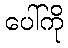
ပေါ်ကို